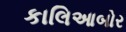
કાલિઆબોર